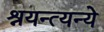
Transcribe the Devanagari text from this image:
श्रयन्त्यन्ये